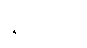
နိုဗမ်ဘာ